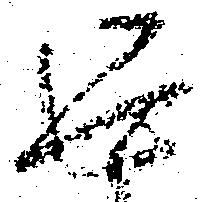
返